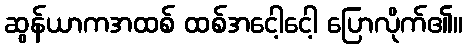
ဆွန်ယာကအထစ် ထစ်အငေါ့ငေါ့ ပြောလိုက်၏။